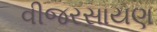
વીજરસાયણ